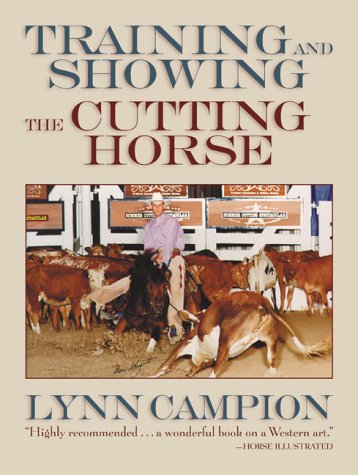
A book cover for Training and Showing the Cutting Horse; Lynn Campion; Sports & Outdoors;